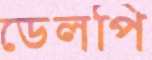
ডেলপি